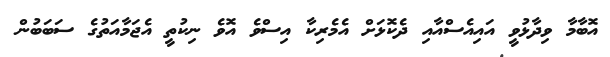
އޮބާމާ ވިދާޅުވީ އައިއެސްއާއި ދެކޮޅަށް އެމެރިކާ އިސްވެ އޮވެ ނިކުތީ އެޖަމާއަތުގެ ސަބަބުން